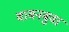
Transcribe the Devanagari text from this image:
वामनबुवा